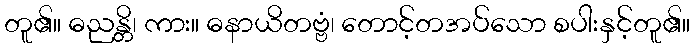
တူ၏။ ဓညန္တိ၊ ကား။ ဓနာယိတဗ္ဗံ၊ တောင့်တအပ်သော စပါးနှင့်တူ၏။